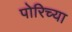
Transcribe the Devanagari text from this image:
पोरिच्या